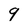
Character: 9